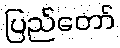
ပြည်တော်